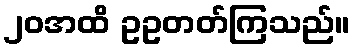
၂၀အထိ ဥဥတတ်ကြသည်။